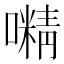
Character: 𡁔